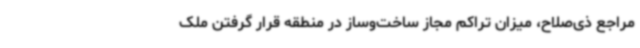
مراجع ذی‌صلاح، میزان تراکم مجاز ساخت‌وساز در منطقه قرار گرفتن ملک